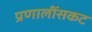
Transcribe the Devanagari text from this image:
प्रणालींसकट